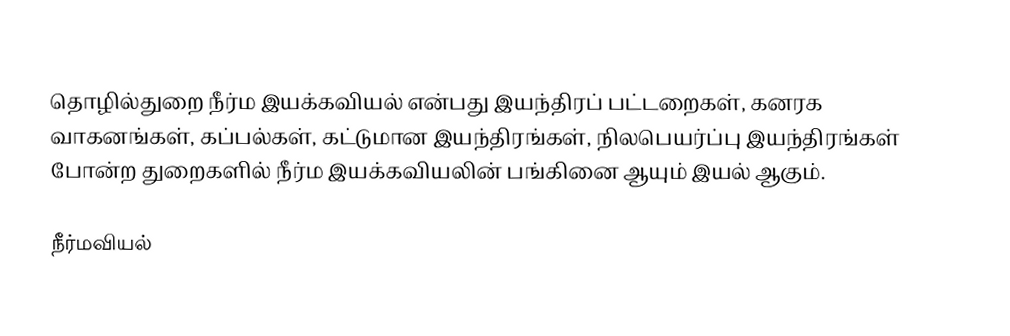
தொழில்துறை நீர்ம இயக்கவியல் என்பது இயந்திரப் பட்டறைகள், கனரக வாகனங்கள், கப்பல்கள், கட்டுமான இயந்திரங்கள், நிலபெயர்ப்பு இயந்திரங்கள் போன்ற துறைகளில் நீர்ம இயக்கவியலின் பங்கினை ஆயும் இயல் ஆகும்.

நீர்மவியல்